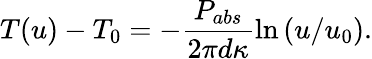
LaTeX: T(u)-T_{0}=-\frac{P_{abs}}{2\pi d\kappa}\ln{(u/u_{0})}.